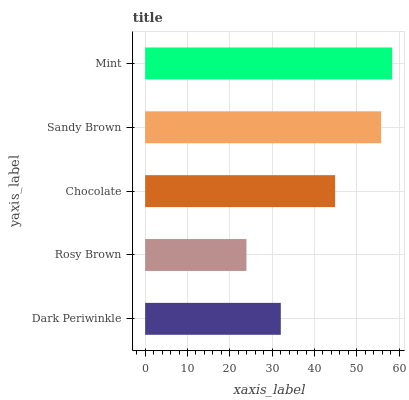
| yaxis_label | bars |
 | --- | --- |
 | Dark Periwinkle | 32 |
 | Rosy Brown | 23.9 |
 | Chocolate | 44.9 |
 | Sandy Brown | 55.7 |
 | Mint | 58.3 |